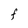
Character: F